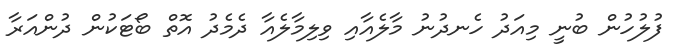
ފުލުހުން ބުނީ މިއަދު ހެނދުނު މާލެއާއި ވިލިމާލެއާ ދެމެދު އޮތް ބޯޓަކުން ދުންއަރާ